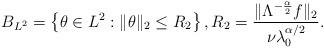
LaTeX: \begin{align*}B_{L^2} = \left\{ \theta \in L^2: \|\theta\|_2 \leq R_{2} \right\}, R_{2} = \frac{\|\Lambda^{-\frac{\alpha}{2}}f\|_2}{\nu\lambda_0^{\alpha/2}}.\end{align*}